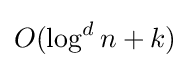
O(\log ^{d}n+k)